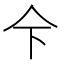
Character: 𱎜